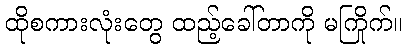
ထိုစကားလုံးတွေ ထည့်ခေါ်တာကို မကြိုက်။